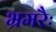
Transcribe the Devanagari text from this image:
भ्रमरैः